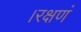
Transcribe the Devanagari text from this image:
।रक्षणं